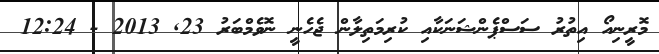
މޮރީނިއޯ އިތުރު ސަސްޕެންޝަނަކާއި ކުރިމަތިލާން ޖެހެނީ ނޮވެމްބަރު 23